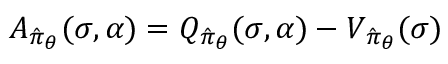
A _ { \hat { \pi } _ { \boldsymbol { \theta } } } ( \sigma , \alpha ) = Q _ { \hat { \pi } _ { \boldsymbol { \theta } } } ( \sigma , \alpha ) - V _ { \hat { \pi } _ { \boldsymbol { \theta } } } ( \sigma )